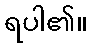
ရပါ၏။